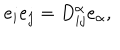
e _ { i } e _ { j } = D _ { i j } ^ { \alpha } e _ { \alpha } ,